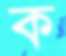
ক